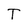
Character: T